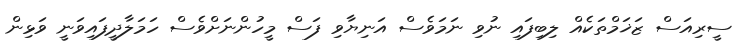
ސީރިއަސް ޒަޚަމްތަކެއް ލިބިފައި ނުވި ނަމަވެސް އަނިޔާވި ފަސް މީހުންނަށްވެސް ހަމަލާދީފައިވަނީ ވަޅިން